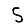
Digit: 5